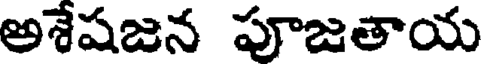
అశేషజన పూజతాయ